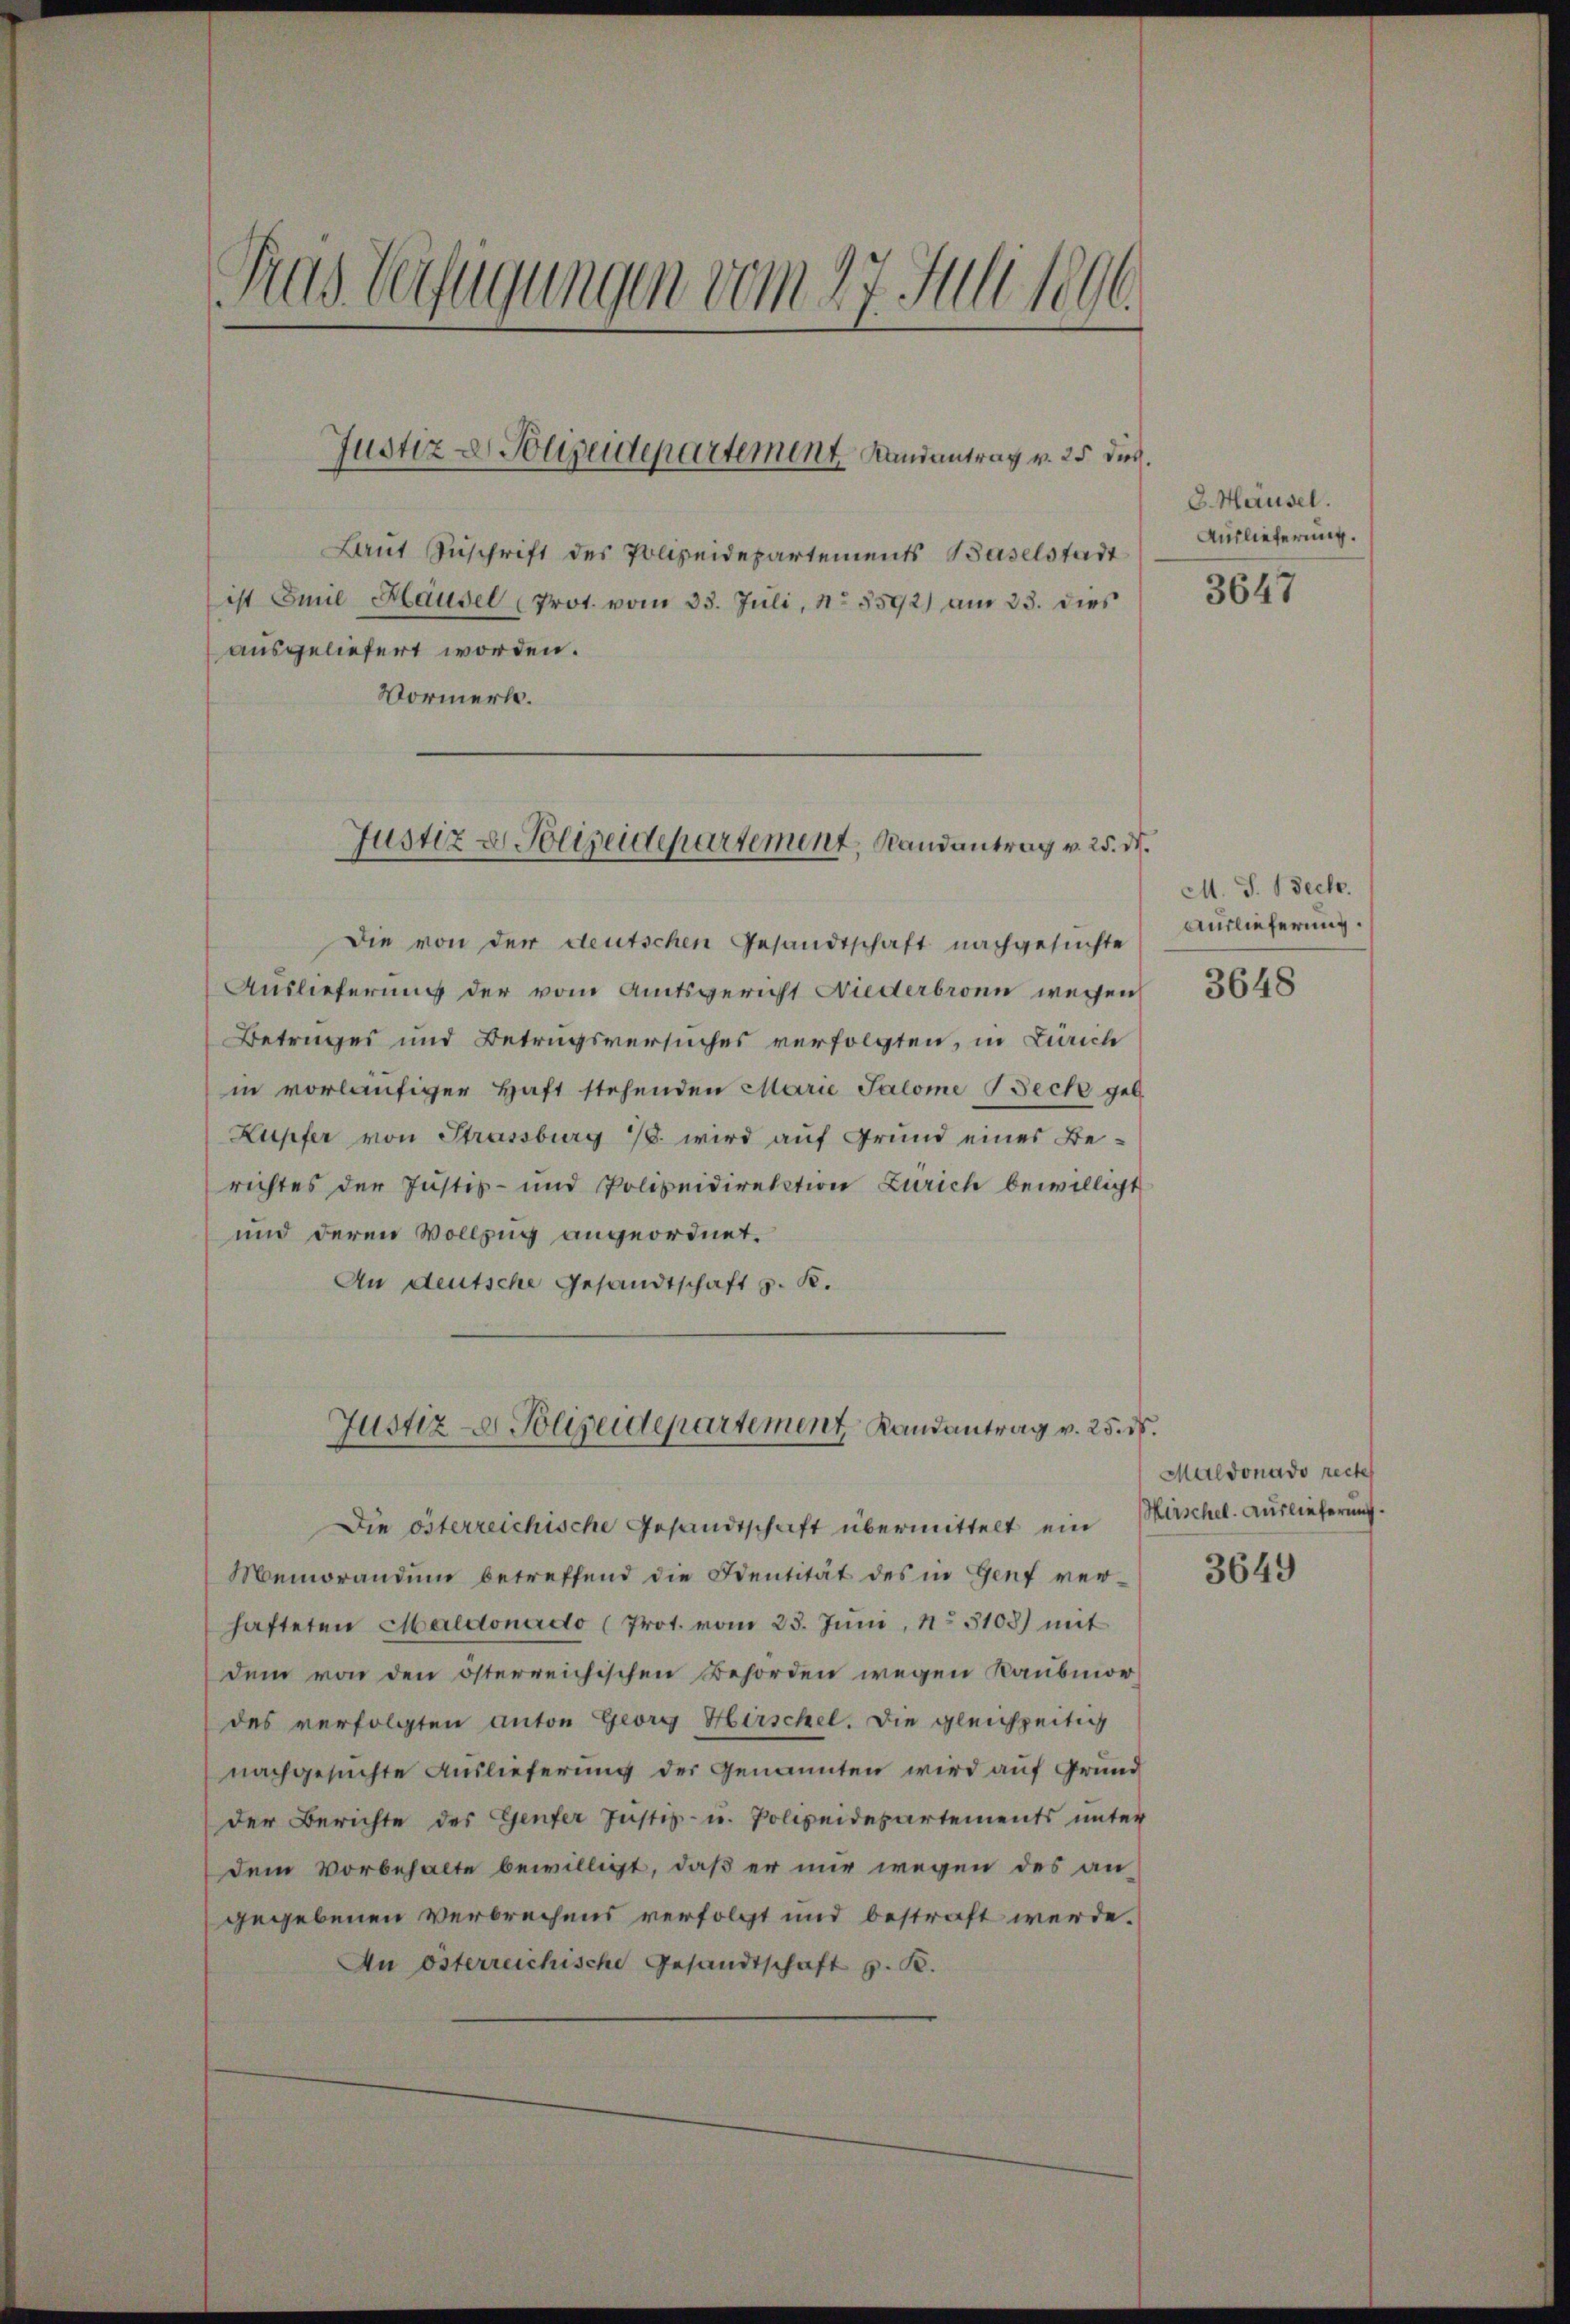
Fras Verfügungen vom 27. Juli 1896

Laut Zuschrift des Polizeidepartements Baselstadt
ist Emil Häusel (Prot. vom 33. Juli, No 8592) am 23. dies
ausgeliefert worden.
Vormerk.

Justiz- & Polizeidepartement Landantrag v. 25 dies

Justiz & Polizeidepartement, Randantrag v. 25. d.

Justiz- Polizeidepartement, Landantrag v. 25. d.

Die von der deutschen Gesandtschaft nachgesuchte
Auslieferung der vom Amtsgericht Niederbronn wegen
Betrages und Betrugsversuches verfolgten, in Zürich
in vorläufiger Haft stehenden Marie Salome Beck geb.
Lupfer von Strassburg 1. wird auf Grund eines Berichtes der Justiz- und Polizeidirektion Zürich bewilligt
und deren Vollzug angeordnet.
An deutsche Gesandtschaft z. K.
Die österreichische Gesandtschaft übermittelt ein
Memorandum betreffend die Sentität des in Genf verhafteten Maldonardo (Prot. vom 23. Juni, No 5108) mit
dem von den österreichischen Behörden wegen Raubmor
des verfolgten anton Georg Hirschel. Die gleichzeitig
nachgesuchte Auslieferung der Genannten wird auf Grund
der Berichte des Genfer Justiz- u. Polizeidepartements unter
dem Vorbehalte bewilligt, daß er nur wegen des an
gegebenen Verbrechens verfolgt und bestraft werde.
An österreichische Gesandtschaft z. B.

C. Hausel.
Auslieferung.

3647

M. J. Beck.
Auslieferung.

3648

Maldonado reche
Hirschel. Auslieferung.

3649